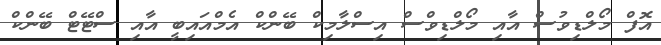
އޮފް މޯލްޑިވުސް އާއި މޯލްޑިވްސް އިސްލާމިކް ބޭންކް އެމްއައިބީ އާއި ސްޓޭޓް ބޭންކް